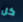
كل